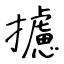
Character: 攄